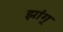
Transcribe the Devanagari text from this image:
झांग्